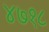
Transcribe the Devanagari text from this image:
४७१८